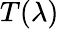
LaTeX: T(\lambda)